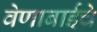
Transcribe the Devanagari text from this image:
वेणाबाईचे